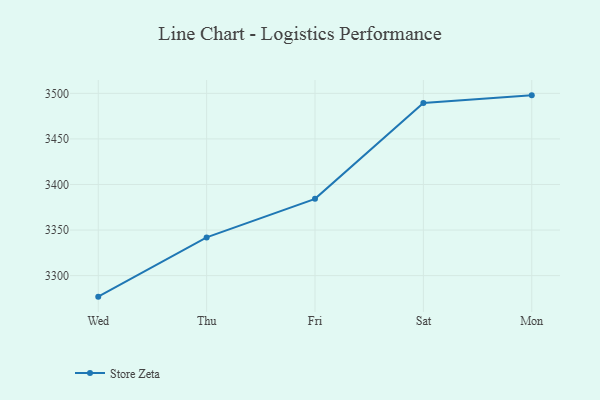
{"axis": {"x": "Day", "y": "Shipments"}, "legend": ["Store Zeta"], "data": [{"x": "Wed", "y": 3276.9, "type": "Store Zeta"}, {"x": "Thu", "y": 3341.9, "type": "Store Zeta"}, {"x": "Fri", "y": 3384.2, "type": "Store Zeta"}, {"x": "Sat", "y": 3489.4, "type": "Store Zeta"}, {"x": "Mon", "y": 3497.8, "type": "Store Zeta"}]}